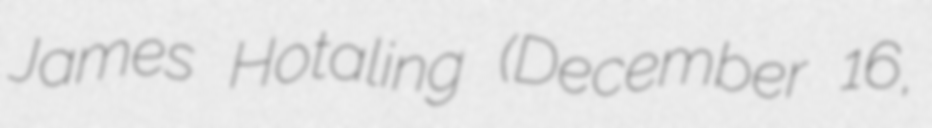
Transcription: James Hotaling (December 16,